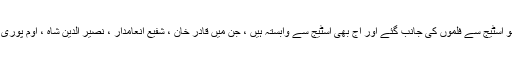
اقبال نیازی نے دوران گفتگو بتایا کہ ایسے بہت سے نام ہیں ، جو اسٹیج سے فلموں کی جانب گئے اور آج بھی اسٹیج سے وابستہ ہیں ، جن میں قادر خان ، شفیع انعامدار ، نصیر الدین شاہ ، اوم پوری ، شبانہ اعظمی ، پریش راول اورراج ببر کے نام قابل ذکر ہیں ۔